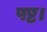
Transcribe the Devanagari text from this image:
षष्ट।